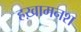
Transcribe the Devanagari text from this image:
हख़ामनश